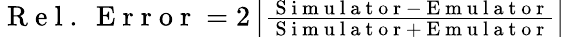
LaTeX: \begin{array}{r}{\mathrm{~R~e~l~.~\ E~r~r~o~r~}=2\left|\frac{\mathrm{~S~i~m~u~l~a~t~o~r~}-\mathrm{~E~m~u~l~a~t~o~r~}}{\mathrm{~S~i~m~u~l~a~t~o~r~}+\mathrm{~E~m~u~l~a~t~o~r~}}\right|}\end{array}